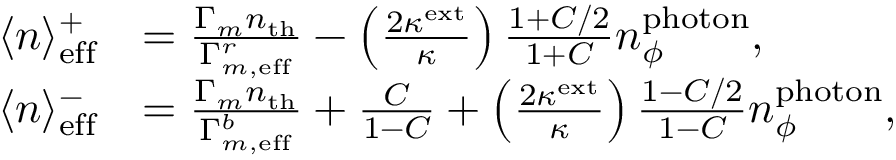
\begin{array} { r l } { \langle n \rangle _ { \mathrm { e f f } } ^ { + } } & { = \frac { \Gamma _ { m } n _ { \mathrm { t h } } } { \Gamma _ { m , \mathrm { e f f } } ^ { r } } - \left( \frac { 2 \kappa ^ { \mathrm { e x t } } } { \kappa } \right) \frac { 1 + C / 2 } { 1 + C } n _ { \phi } ^ { \mathrm { p h o t o n } } , } \\ { \langle n \rangle _ { \mathrm { e f f } } ^ { - } } & { = \frac { \Gamma _ { m } n _ { \mathrm { t h } } } { \Gamma _ { m , \mathrm { e f f } } ^ { b } } + \frac { C } { 1 - C } + \left( \frac { 2 \kappa ^ { \mathrm { e x t } } } { \kappa } \right) \frac { 1 - C / 2 } { 1 - C } n _ { \phi } ^ { \mathrm { p h o t o n } } , } \end{array}